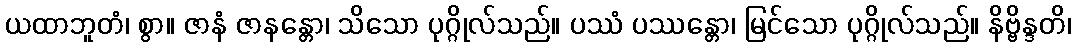
ယထာဘူတံ၊ စွာ။ ဇာနံ ဇာနန္တော၊ သိသော ပုဂ္ဂိုလ်သည်။ ပဿံ ပဿန္တော၊ မြင်သော ပုဂ္ဂိုလ်သည်။ နိဗ္ဗိန္ဒတိ၊